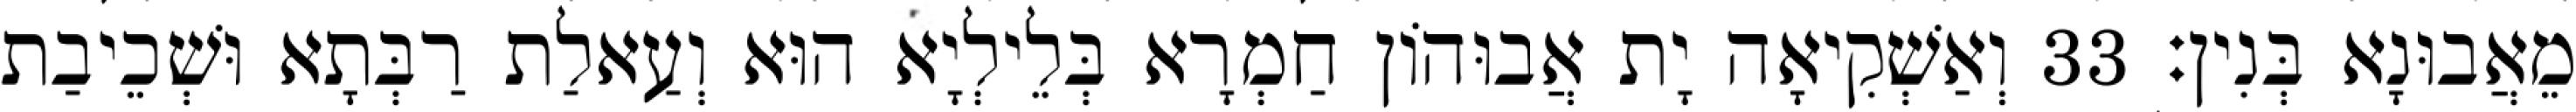
מֵאֲבוּנָא בְּנִין׃ 33 וְאַשְׁקִיאָה יָת אֲבוּהוֹן חַמְרָא בְּלֵילְיָא הוּא וְעַאלַת רַבְּתָא וּשְׁכֵיבַת